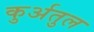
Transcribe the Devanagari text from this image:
कुर्अतुल